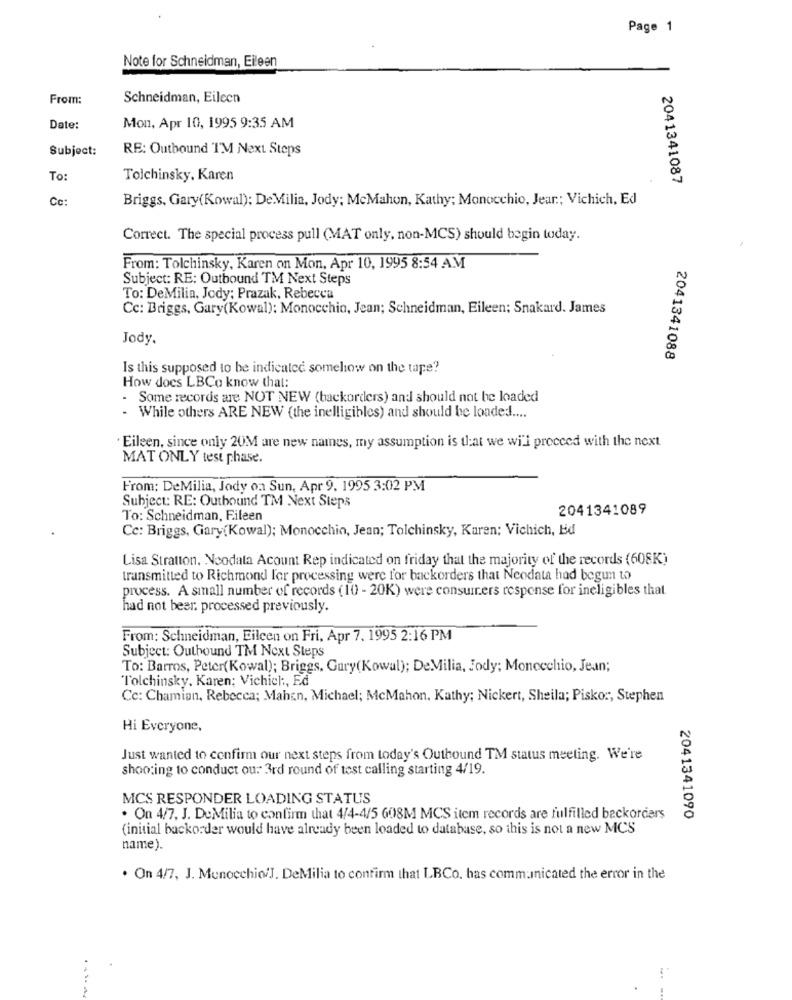
Page 1
Note for Schneidman, Eileen
From:
Schneidman, Eileen
Date:
Mon, Apr 10, 1995 9:35 AM
Subject:
RE: Outbound TM Next Steps
To:
Tolchinsky. Karen
2041341087
Ce:
Briggs, Gary(Kowal); DeMilia, Jody; McMahon, Kathy; Monocchio, Jear .; Vichich, Ed
Correct. The special process pull (MAT only, non-MCS) should begin today.
From: Tolchinsky, Karen on Mon, Apr 10, 1995 8:54 AM
Subject: RE: Outbound TM Next Steps
To: DeMilia, Jody; Prazak, Rebecca
Cc: Briggs, Gary(Kowal): Monocchio, Jean; Schneidman, Eileen; Snakard. James
Jody.
2041341088
Is this supposed to be indicated somehow on the tape?
How does LBCo know that:
Some records are NOT NEW (backorders) and should not be loaded
While others ARE NEW (the inelligibles) and should be loaded ....
Eileen, since only 20M are new names, my assumption is that we will proceed with the next
MAT ONLY test phase
From: DeMilia, Jody on Sun, Apr 9. 1995 3:02 PM
Subject: RE: Outbound TM Next Steps
2041341089
To: Schneidman, Fileen
Cc: Briggs, Gary(Kowal); Monocchio, Jean; Tolchinsky, Karen; Vichich, Bd
Lisa Stratton, Neodata Acount Rep indicated on friday that the majority of the records (608K)
transmitted to Richmond for processing were for backorders that Neodata had begun to
process. A small number of records (10 - 20K) were consumers response for ineligibles that
had not beer. processed previously.
From: Schneidman, Eileen on Fri, Apr 7. 1995 2:16 PM
Subject: Outbound TM Next Steps
To: Barros, Peter(Kowal); Briggs, Gury(Kowal); DeMilia, Jody; Monocchio, Jean;
Tolchinsky. Karen; Vichich :, Ed
Cc: Chamian, Rebecca; Mahen, Michael; McMahon. Kathy; Nickert, Sheila; Piskor, Stephen
Hi Everyone,
Just wanted to confirm our next steps from today's Outhound TM status meeting. We're
shooting to conduct ou: 3rd round of test calling starting 4/19.
MCS RESPONDER LOADING STATUS
. On 4/7, J. DuMilia to confirm that 4/4-4/5 608M MCS item records are fulfilled backorders
2041341090
(initial backorder would have already been loaded to database, so this is not a new MCS
name).
. On 4/7, J. Munocchio/J. DeMilia to confirm that LBCo. has communicated the error in the